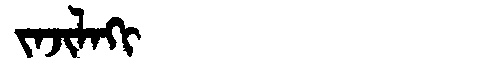
Manchu: ᠵᠠᠵᡳᠯᠠᡴᡳ
Romanization: JAJILAKI